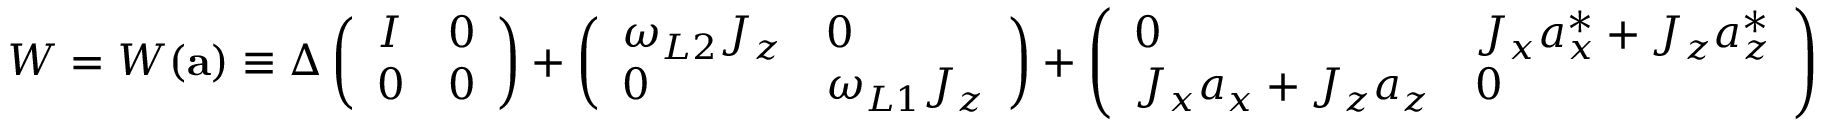
W = W ( { \bf a } ) \equiv \Delta \left( \begin{array} { l l } { I } & { 0 } \\ { 0 } & { 0 } \end{array} \right) + \left( \begin{array} { l l } { \omega _ { L 2 } J _ { z } } & { 0 } \\ { 0 } & { \omega _ { L 1 } J _ { z } } \end{array} \right) + \left( \begin{array} { l l } { 0 } & { J _ { x } a _ { x } ^ { \ast } + J _ { z } a _ { z } ^ { \ast } } \\ { J _ { x } a _ { x } + J _ { z } a _ { z } } & { 0 } \end{array} \right)